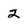
Character: 2